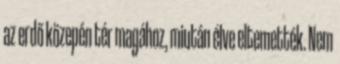
az erdő közepén tér magához, miután élve eltemették. Nem